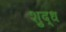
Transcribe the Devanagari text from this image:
शु्द्ध